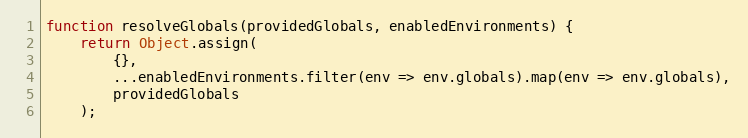
Language: JavaScript
function resolveGlobals(providedGlobals, enabledEnvironments) {
    return Object.assign(
        {},
        ...enabledEnvironments.filter(env => env.globals).map(env => env.globals),
        providedGlobals
    );